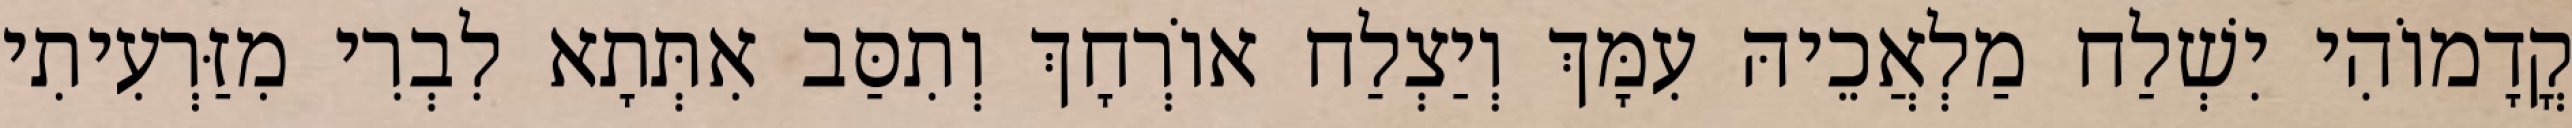
קֳדָמוֹהִי יִשְׁלַח מַלְאֲכֵיהּ עִמָּךְ וְיַצְלַח אוֹרְחָךְ וְתִסַּב אִתְּתָא לִבְרִי מִזַּרְעִיתִי